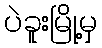
ပဲခူးမြို့မှ